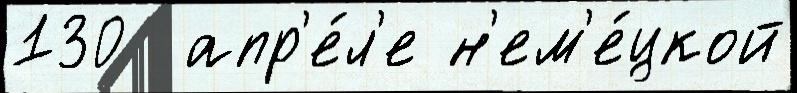
130  апр'е́л'е н'ем'е́цкой